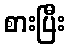
စားပြီး